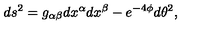
d s ^ { 2 } = g _ { \alpha \beta } d x ^ { \alpha } d x ^ { \beta } - e ^ { - 4 \phi } d \theta ^ { 2 } ,